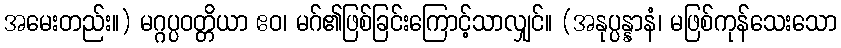
အမေးတည်း။) မဂ္ဂပ္ပဝတ္တိယာ ဧဝ၊ မဂ်၏ဖြစ်ခြင်းကြောင့်သာလျှင်။ (အနုပ္ပန္နာနံ၊ မဖြစ်ကုန်သေးသော